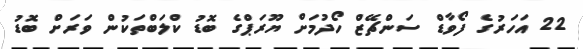
22 އަހަރުގެ ފޯވާޑް ސަންޗޭޒް ހޯދުމަށް ޔޫރަޕްގެ ބޮޑު ކްލަބްތަކުން ވަރަށް ބޮޑު